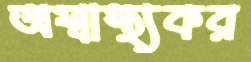
অস্বাস্থ্যকর